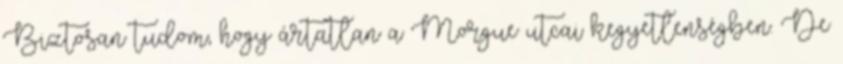
Biztosan tudom, hogy ártatlan a Morgue utcai kegyetlenségben. De